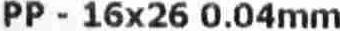
PP - 16X26 0.04MM